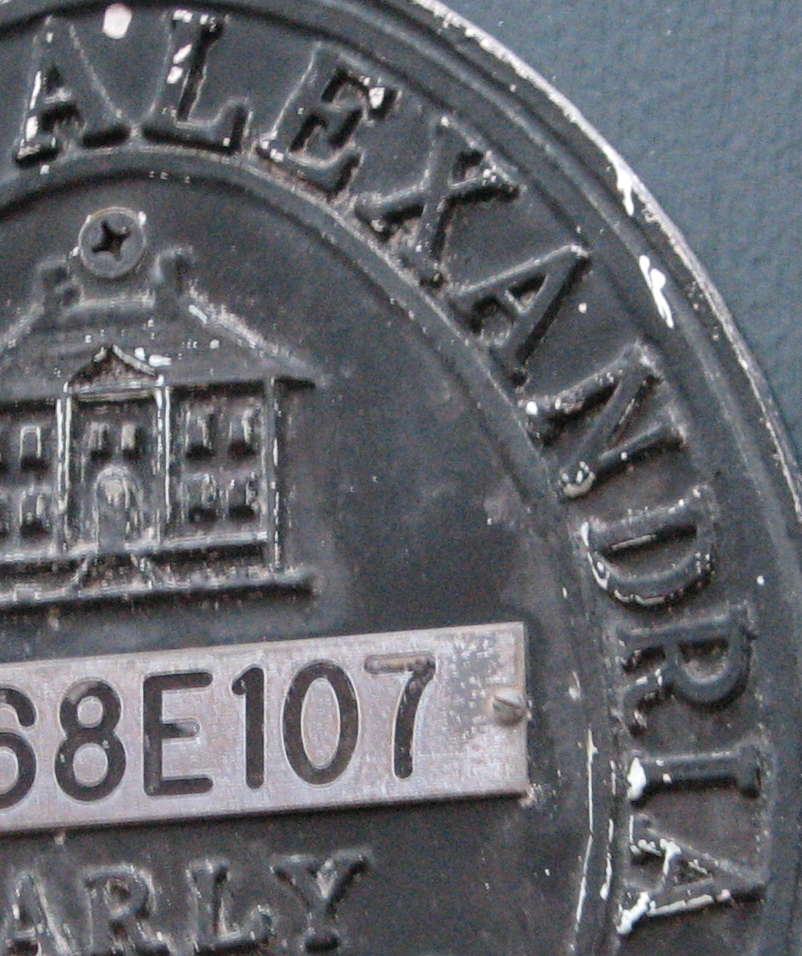
ALEXANDRIA